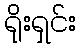
ရိုးရှင်း